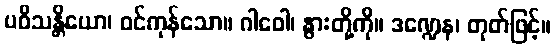
ပဝိသန္တိယော၊ ဝင်ကုန်သော။ ဂါဝေါ၊ နွားတို့ကို။ ဒဏ္ဍေန၊ တုတ်ဖြင့်။